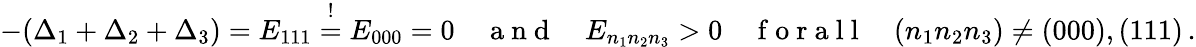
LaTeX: \begin{array}{r}{-(\Delta_{1}+\Delta_{2}+\Delta_{3})=E_{111}\stackrel{!}{=}E_{000}=0\quad\mathrm{~a~n~d~}\quad E_{n_{1}n_{2}n_{3}}>0\quad\mathrm{~f~o~r~a~l~l~}\quad(n_{1}n_{2}n_{3})\neq(000),(111)\, .}\end{array}